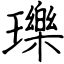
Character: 瓅